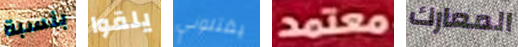
بنسبة يلقوا يقتلوني معتمد المعارك